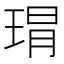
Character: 𤦛